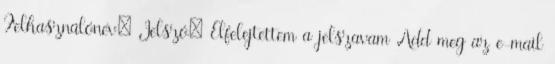
Felhasználónév: Jelszó: Elfelejtettem a jelszavam Add meg az e-mail